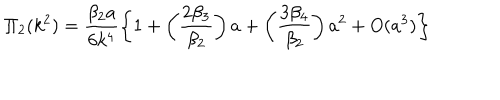
\Pi _ { 2 } ( k ^ { 2 } ) = \frac { \beta _ { 2 } a } { 6 k ^ { 4 } } \left\{ 1 + \left( \frac { 2 \beta _ { 3 } } { \beta _ { 2 } } \right) { a } + \left( \frac { 3 \beta _ { 4 } } { \beta _ { 2 } } \right) { a } ^ { 2 } + O ( { a } ^ { 3 } ) \right\}